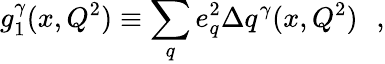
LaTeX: g_{1}^{\gamma}(x,Q^{2})\equiv\sum_{q}e_{q}^{2}\Delta q^{\gamma}(x,Q^{2})\: \: \: ,